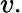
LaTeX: v.